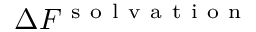
\Delta F ^ { \mathrm { ~ s ~ o ~ l ~ v ~ a ~ t ~ i ~ o ~ n ~ } }